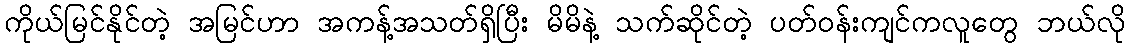
ကိုယ်မြင်နိုင်တဲ့ အမြင်ဟာ အကန့်အသတ်ရှိပြီး မိမိနဲ့ သက်ဆိုင်တဲ့ ပတ်ဝန်းကျင်ကလူတွေ ဘယ်လို